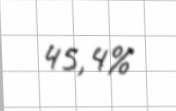
45,4%